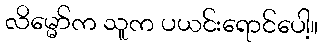
လိမ္မော်က သူက ပယင်းရောင်ပေါ့။